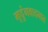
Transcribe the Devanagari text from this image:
मृदुंगवादनात